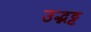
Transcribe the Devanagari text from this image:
उद्भट्ट